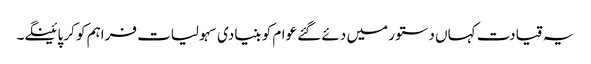
یہ قیادت کہاں دستور میں دئے گئے عوام کو بنیادی سہولیات فراہم کو کر پائینگے۔